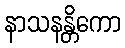
နာသနန္တိကော